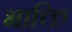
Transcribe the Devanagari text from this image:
भाक्ति